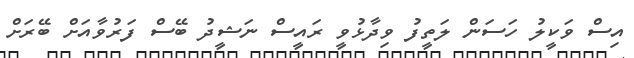
އިސް ވަކީލު ހަސަން ލަތީފު ވިދާޅުވީ ރައީސް ނަޝީދު ބޭސް ފަރުވާއަށް ބޭރަށް